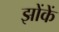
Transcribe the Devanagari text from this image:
झोंकें